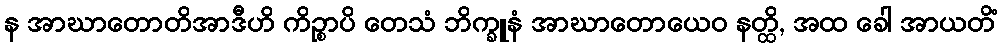
န အာဃာတောတိအာဒီဟိ ကိဉ္စာပိ တေသံ ဘိက္ခူနံ အာဃာတောယေဝ နတ္ထိ, အထ ခေါ အာယတိံ